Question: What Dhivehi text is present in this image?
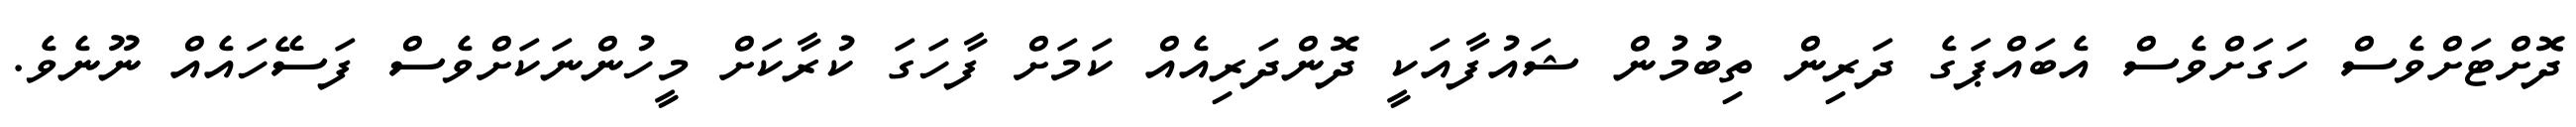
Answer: ދޮށްޓަށްވެސް ހަގަށްވެސް އެބައްޕަގެ ދަރިން ތިބުމުން ޝައުފާއަކީ ދޮންދަރިއެއް ކަމަށް ފާހަގަ ކުރާކަށް މީހުންނަކަށްވެސް ފަސޭހައެއް ނޫނެވެ.